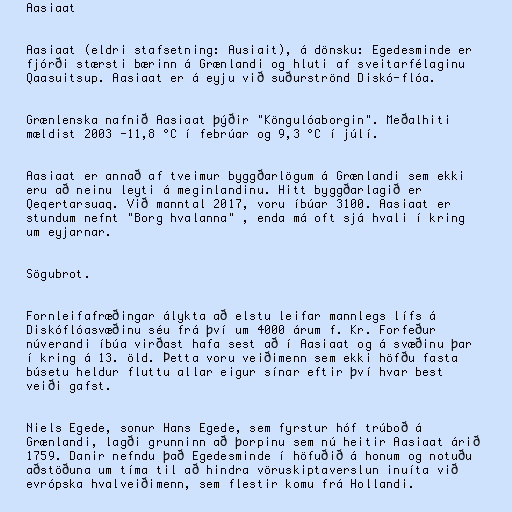
Aasiaat

Aasiaat (eldri stafsetning: Ausiait), á dönsku: Egedesminde er
fjórði stærsti bærinn á Grænlandi og hluti af sveitarfélaginu
Qaasuitsup. Aasiaat er á eyju við suðurströnd Diskó-flóa.

Grænlenska nafnið Aasiaat þýðir "Köngulóaborgin". Meðalhiti
mældist 2003 -11,8 °C í febrúar og 9,3 °C í júlí.

Aasiaat er annað af tveimur byggðarlögum á Grænlandi sem ekki
eru að neinu leyti á meginlandinu. Hitt byggðarlagið er
Qeqertarsuaq. Við manntal 2017, voru íbúar 3100. Aasiaat er
stundum nefnt "Borg hvalanna" , enda má oft sjá hvali í kring
um eyjarnar.

Sögubrot.

Fornleifafræðingar álykta að elstu leifar mannlegs lífs á
Diskóflóasvæðinu séu frá því um 4000 árum f. Kr. Forfeður
núverandi íbúa virðast hafa sest að í Aasiaat og á svæðinu þar
í kring á 13. öld. Þetta voru veiðimenn sem ekki höfðu fasta
búsetu heldur fluttu allar eigur sínar eftir því hvar best
veiði gafst.

Niels Egede, sonur Hans Egede, sem fyrstur hóf trúboð á
Grænlandi, lagði grunninn að þorpinu sem nú heitir Aasiaat árið
1759. Danir nefndu það Egedesminde í höfuðið á honum og notuðu
aðstöðuna um tíma til að hindra vöruskiptaverslun inuíta við
evrópska hvalveiðimenn, sem flestir komu frá Hollandi.